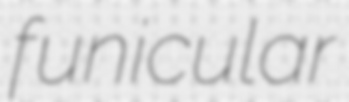
funicular